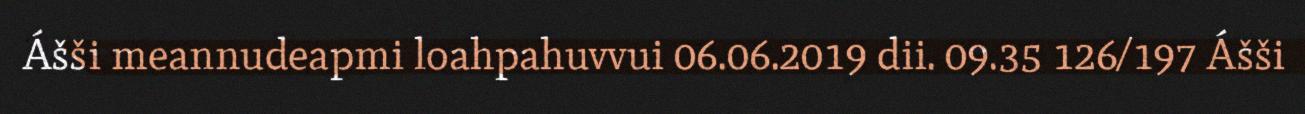
Ášši meannudeapmi loahpahuvvui 06.06.2019 dii. 09.35 126/197 Ášši